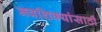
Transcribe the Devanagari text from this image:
नवशिक्यांसाठी